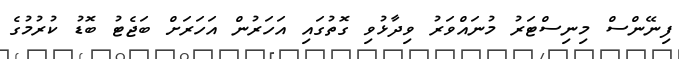
ފިނޭންސް މިނިސްޓަރު މުނައްވަރު ވިދާޅުވި ގޮތުގައި އަހަރުން އަހަރަށް ބަޖެޓު ބޮޑު ކުރުމުގެ